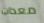
معدات